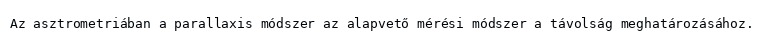
Az asztrometriában a parallaxis módszer az alapvető mérési módszer a távolság meghatározásához.